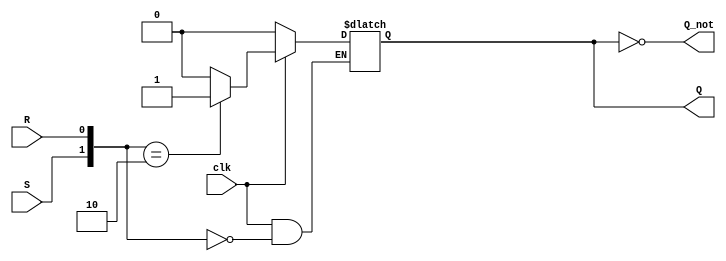
`timescale 1ns / 1ps

module gated_sr(S,R,clk,Q,Q_not);
input S,R,clk;
output reg Q,Q_not;

always@(*)
begin
Q_not = ~Q;
if (clk) begin
case ({S,R})
2'b00 : Q <= Q;
2'b01 : Q <= 1'b0;
2'b10 : Q <= 1'b1;
2'b11 : Q <= 1'bx; 
endcase
end
else Q <= 1'b0;   
end
endmodule